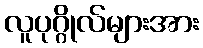
လူပုဂ္ဂိုလ်များအား